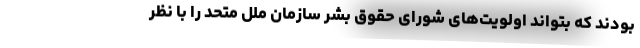
بودند که بتواند اولویت‌های شورای حقوق بشر سازمان ملل متحد را با نظر